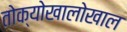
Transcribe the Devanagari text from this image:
तोक्योखालोखाल